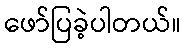
ဖော်ပြခဲ့ပါတယ်။